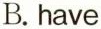
B. have